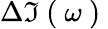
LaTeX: \Delta\Im\mathrm{~(~}\omega\mathrm{~)~}